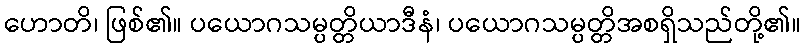
ဟောတိ၊ ဖြစ်၏။ ပယောဂသမ္ပတ္တိယာဒီနံ၊ ပယောဂသမ္ပတ္တိအစရှိသည်တို့၏။